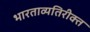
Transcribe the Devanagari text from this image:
भारताव्यतिरीक्त